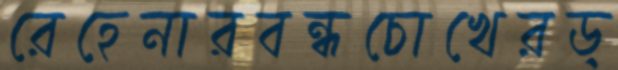
রেহেনারবন্ধচোখেরড্